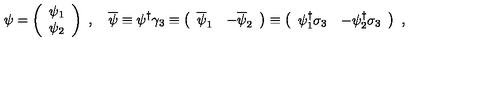
\psi = \left( \begin{array} { c } { \psi _ { 1 } } \\ { \psi _ { 2 } } \\ \end{array} \right) \ , \quad \overline { \psi } \equiv \psi ^ { \dag } \gamma _ { 3 } \equiv \left( \begin{array} { c c } { \overline { \psi } _ { 1 } } & { - \overline { \psi } _ { 2 } } \\ \end{array} \right) \equiv \left( \begin{array} { c c } { \psi _ { 1 } ^ { \dag } \sigma _ { 3 } } & { - \psi _ { 2 } ^ { \dag } \sigma _ { 3 } } \\ \end{array} \right) \ ,